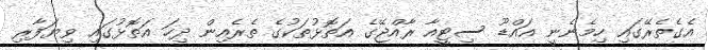
އެގެތެރޭގައި ހިމެނެނީ އައްޑޫ ސިޓީއާ ރާއްޖޭގެ އަތޮޅުތަކުގެ ތެރެއިން ދިހަ އަތޮޅުގައި ވިޔަފާރި